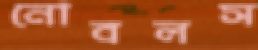
নোবলস